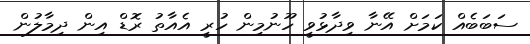
ސަބަބެއް ކަމަށް އޭނާ ވިދާޅުވީ ހޫނުމިން ހުރީ އެއާތު ރޮޑް އިން ދިމާލުން